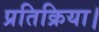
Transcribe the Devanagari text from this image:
प्रतिक्रिया।